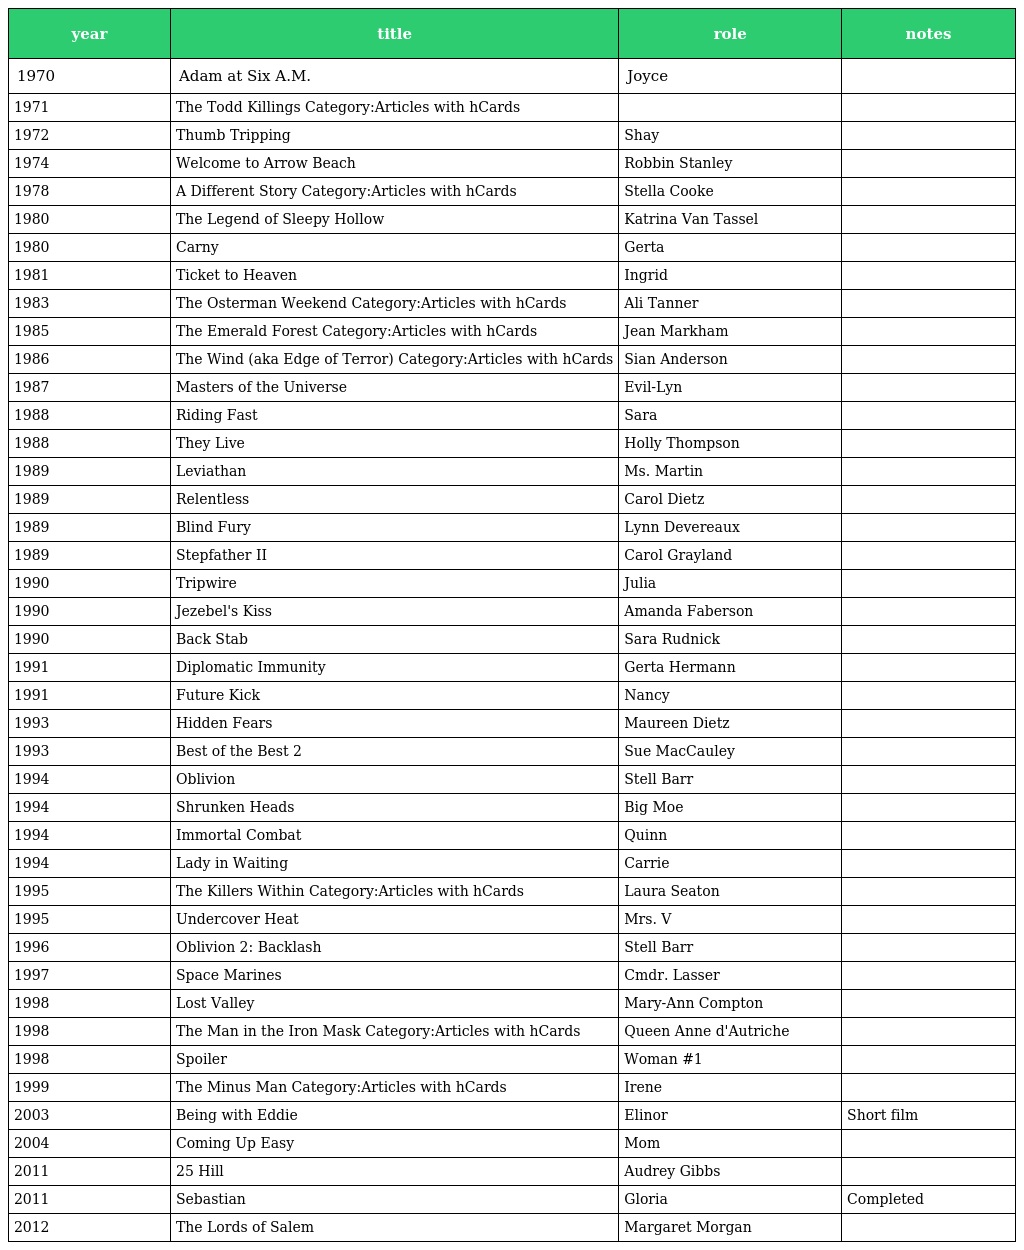
| year | title | role | notes |
 | --- | --- | --- | --- |
 | 1970 | Adam at Six A.M. | Joyce |  |
 | 1971 | The Todd Killings Category:Articles with hCards |  |  |
 | 1972 | Thumb Tripping | Shay |  |
 | 1974 | Welcome to Arrow Beach | Robbin Stanley |  |
 | 1978 | A Different Story Category:Articles with hCards | Stella Cooke |  |
 | 1980 | The Legend of Sleepy Hollow | Katrina Van Tassel |  |
 | 1980 | Carny | Gerta |  |
 | 1981 | Ticket to Heaven | Ingrid |  |
 | 1983 | The Osterman Weekend Category:Articles with hCards | Ali Tanner |  |
 | 1985 | The Emerald Forest Category:Articles with hCards | Jean Markham |  |
 | 1986 | The Wind (aka Edge of Terror) Category:Articles with hCards | Sian Anderson |  |
 | 1987 | Masters of the Universe | Evil-Lyn |  |
 | 1988 | Riding Fast | Sara |  |
 | 1988 | They Live | Holly Thompson |  |
 | 1989 | Leviathan | Ms. Martin |  |
 | 1989 | Relentless | Carol Dietz |  |
 | 1989 | Blind Fury | Lynn Devereaux |  |
 | 1989 | Stepfather II | Carol Grayland |  |
 | 1990 | Tripwire | Julia |  |
 | 1990 | Jezebel's Kiss | Amanda Faberson |  |
 | 1990 | Back Stab | Sara Rudnick |  |
 | 1991 | Diplomatic Immunity | Gerta Hermann |  |
 | 1991 | Future Kick | Nancy |  |
 | 1993 | Hidden Fears | Maureen Dietz |  |
 | 1993 | Best of the Best 2 | Sue MacCauley |  |
 | 1994 | Oblivion | Stell Barr |  |
 | 1994 | Shrunken Heads | Big Moe |  |
 | 1994 | Immortal Combat | Quinn |  |
 | 1994 | Lady in Waiting | Carrie |  |
 | 1995 | The Killers Within Category:Articles with hCards | Laura Seaton |  |
 | 1995 | Undercover Heat | Mrs. V |  |
 | 1996 | Oblivion 2: Backlash | Stell Barr |  |
 | 1997 | Space Marines | Cmdr. Lasser |  |
 | 1998 | Lost Valley | Mary-Ann Compton |  |
 | 1998 | The Man in the Iron Mask Category:Articles with hCards | Queen Anne d'Autriche |  |
 | 1998 | Spoiler | Woman #1 |  |
 | 1999 | The Minus Man Category:Articles with hCards | Irene |  |
 | 2003 | Being with Eddie | Elinor | Short film |
 | 2004 | Coming Up Easy | Mom |  |
 | 2011 | 25 Hill | Audrey Gibbs |  |
 | 2011 | Sebastian | Gloria | Completed |
 | 2012 | The Lords of Salem | Margaret Morgan |  |